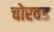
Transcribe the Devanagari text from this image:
चोरवड